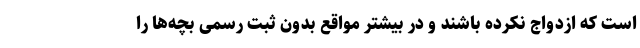
است که ازدواج نکرده باشند و در بیشتر مواقع بدون ثبت رسمی بچه‌ها را